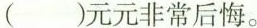
( )元元非常后悔。